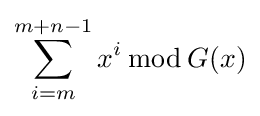
\sum _{i=m}^{m+n-1}x^{i}\,{\bmod {\,}}G(x)